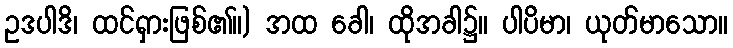
ဥဒပါဒိ၊ ထင်ရှားဖြစ်၏။) အထ ခေါ၊ ထိုအခါ၌။ ပါပိမာ၊ ယုတ်မာသော။